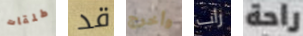
طلقات قد وأخرج راب راحة